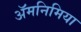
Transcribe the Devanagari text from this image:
ॲमनिमिया